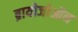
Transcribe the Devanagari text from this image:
ब्रायोजोऑन